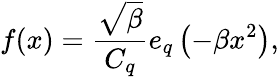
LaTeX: f(x)=\frac{\sqrt{\beta}}{C_{q}}e_{q}\left(-\beta x^{2}\right),